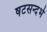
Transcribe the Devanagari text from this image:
षटसन्दर्भ